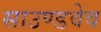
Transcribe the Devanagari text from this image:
साउण्डवेव